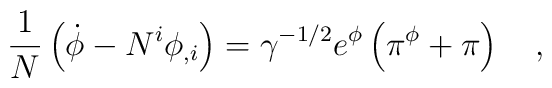
\frac{1}{N} \left( \dot{\phi}-N^{i}\phi_{,i} \right) =\gamma^{-1/2}e^{\phi} \left( \pi^{\phi}+\pi \right) ~~~,